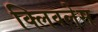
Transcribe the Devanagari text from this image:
क्लिवलेस